Vaccination North-Western Provinces and Oudh 1878-1895 - 1878-1895
Year: 1878
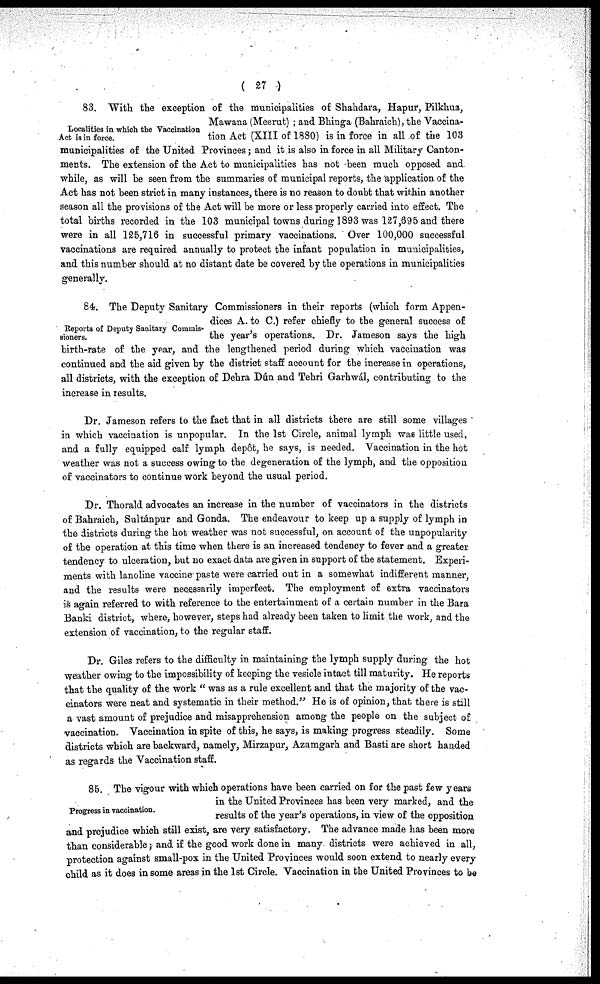
( 27 )
Localities in which the Vaccination
Act is in force.
83. With the exception of the municipalities of Shahdara, Hapur, Pilkhua,
Mawana (Meerut) ; and Bhinga (Bahraich), the Vaccina-
tion Act (XIII of 1880) is in force in all of the 103
municipalities of the United Provinces; and it is also in force in all Military Canton-
ments. The extension of the Act to municipalities has not been much opposed and
while, as will be seen from the summaries of municipal reports, the application of the
Act has not been strict in many instances, there is no reason to doubt that within another
season all the provisions of the Act will be more or less properly carried into effect. The
total births recorded in the 103 municipal towns during 1893 was 127,695 and there
were in all 125,716 in successful primary vaccinations. Over 100,000 successful
vaccinations are required annually to protect the infant population in municipalities,
and this number should at no distant date be covered by the operations in municipalities
generally.
Reports of Deputy Sanitary Cominis-
sioners.
84. The Deputy Sanitary Commissioners in their reports (which form Appen-
dices A. to C.) refer chiefly to the general success of
the year's operations. Dr. Jameson says the high
birth-rate of the year, and the lengthened period during which vaccination was
continued and the aid given by the district staff account for the increase in operations,
all districts, with the exception of Dehra Dún and Tehri Garhwál, contributing to the
increase in results.
Dr. Jameson refers to the fact that in all districts there are still some villages
in which vaccination is unpopular. In the 1st Circle, animal lymph was little used,
and a fully equipped calf lymph depôt, he says, is needed. Vaccination in the hot
weather was not a success owing to the degeneration of the lymph, and the opposition
of vaccinators to continue work beyond the usual period.
Dr. Thorald advocates an increase in the number of vaccinators in the districts
of Bahraich, Sultánpur and Gonda. The endeavour to keep up a supply of lymph in
the districts during the hot weather was not successful, on account of the unpopularity
of the operation at this time when there is an increased tendency to fever and a greater
tendency to ulceration, but no exact data are given in support of the statement. Experi-
ments with lanoline vaccine paste were carried out in a somewhat indifferent manner,
and the results were necessarily imperfect. The employment of extra vaccinators
is again referred to with reference to the entertainment of a certain number in the Bara
Banki district, where, however, steps had already been taken to limit the work, and the
extension of vaccination, to the regular staff.
Dr. Giles refers to the difficulty in maintaining the lymph supply during the hot
weather owing to the impossibility of keeping the vesicle intact till maturity. He reports
that the quality of the work " was as a rule excellent and that the majority of the vac-
cinators were neat and systematic in their method." He is of opinion, that there is still
a vast amount of prejudice and misapprehension among the people on the subject of
vaccination. Vaccination in spite of this, he says, is making progress steadily. Some
districts which are backward, namely, Mirzapur, Azamgarh and Basti are short handed
as regards the Vaccination staff.
Progress in vaccination.
85. The vigour with which operations have been carried on for the past few years
in the United Provinces has been very marked, and the
results of the year's operations, in view of the opposition
and prejudice which still exist, are very satisfactory. The advance made has been more
than considerable; and if the good work done in many districts were achieved in all,
protection against small-pox in the United Provinces would soon extend to nearly every
child as it does in some areas in the 1st Circle. Vaccination in the United Provinces to be